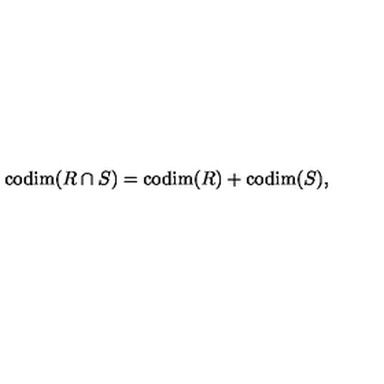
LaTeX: \mathrm { c o d i m } ( R \cap S ) = \mathrm { c o d i m } ( R ) + \mathrm { c o d i m } ( S ) ,